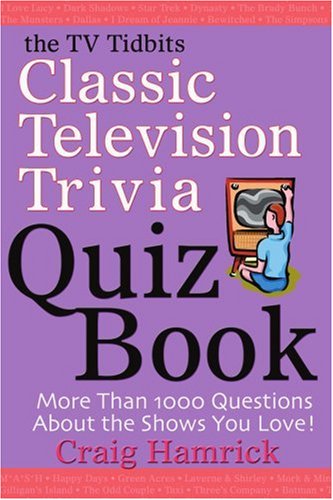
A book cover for The TV Tidbits Classic Television Trivia Quiz Book; Craig Hamrick; Humor & Entertainment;